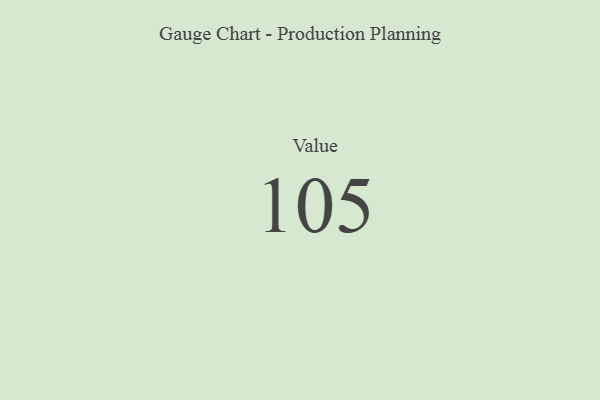
{"axis": {"x": "Metric", "y": "Value"}, "legend": [""], "data": [{"x": "Value", "y": 105, "type": ""}]}